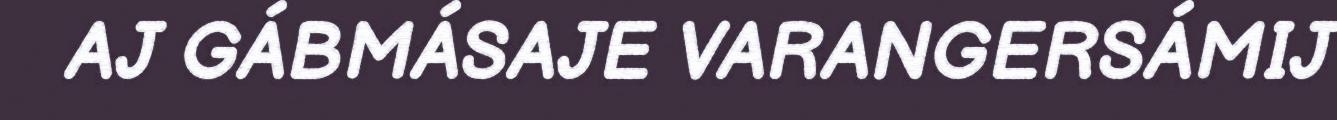
AJ GÁBMÁSAJE VARANGERSÁMIJ